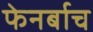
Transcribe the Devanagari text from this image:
फेनर्बाच